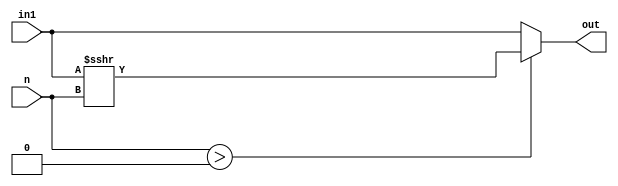
// shift logical right
module slr(
  input [31:0] in1,
  input n,
  output [31:0] out
);
  wire [31:0] w;

  assign w = in1;

  assign out[31:0] = (n > 0) ? (w >>> n) : w;
endmodule